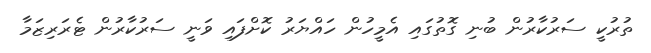
ތުރުކީ ސަރުކާރުން ބުނި ގޮތުގައި އެމީހުން ހައްޔަރު ކޮށްފައި ވަނީ ސަރުކާރުން ޓެރަރިޒަމާ